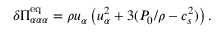
\delta \Pi _ { \alpha \alpha \alpha } ^ { \mathrm { e q } } = \rho u _ { \alpha } \left( u _ { \alpha } ^ { 2 } + 3 ( P _ { 0 } / \rho - c _ { s } ^ { 2 } ) \right) .